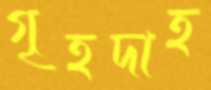
গৃহদাহ